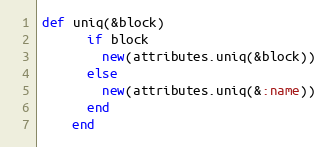
Language: Ruby
def uniq(&block)
      if block
        new(attributes.uniq(&block))
      else
        new(attributes.uniq(&:name))
      end
    end